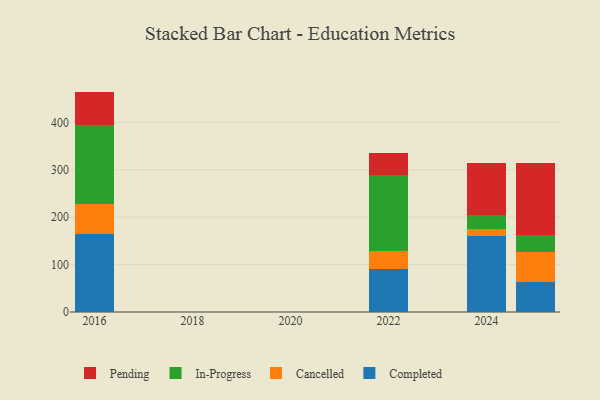
{"axis": {"x": "Year", "y": "Churn Rate (%)"}, "legend": ["Cancelled", "Completed", "In-Progress", "Pending"], "data": [{"x": "2022", "y": 90.5, "type": "Completed"}, {"x": "2022", "y": 37.4, "type": "Cancelled"}, {"x": "2022", "y": 161.1, "type": "In-Progress"}, {"x": "2022", "y": 46.4, "type": "Pending"}, {"x": "2024", "y": 160.3, "type": "Completed"}, {"x": "2024", "y": 14.7, "type": "Cancelled"}, {"x": "2024", "y": 30.3, "type": "In-Progress"}, {"x": "2024", "y": 108.9, "type": "Pending"}, {"x": "2025", "y": 62.4, "type": "Completed"}, {"x": "2025", "y": 64.3, "type": "Cancelled"}, {"x": "2025", "y": 36.0, "type": "In-Progress"}, {"x": "2025", "y": 151.4, "type": "Pending"}, {"x": "2016", "y": 163.9, "type": "Completed"}, {"x": "2016", "y": 63.2, "type": "Cancelled"}, {"x": "2016", "y": 167.1, "type": "In-Progress"}, {"x": "2016", "y": 70.6, "type": "Pending"}]}